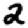
Digit: 2